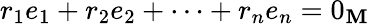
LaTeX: r_{1}e_{1}+r_{2}e_{2}+\cdots+r_{n}e_{n}=0_{\mathbf{M}}